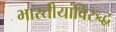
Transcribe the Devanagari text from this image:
भारतीयांविरुद्ध